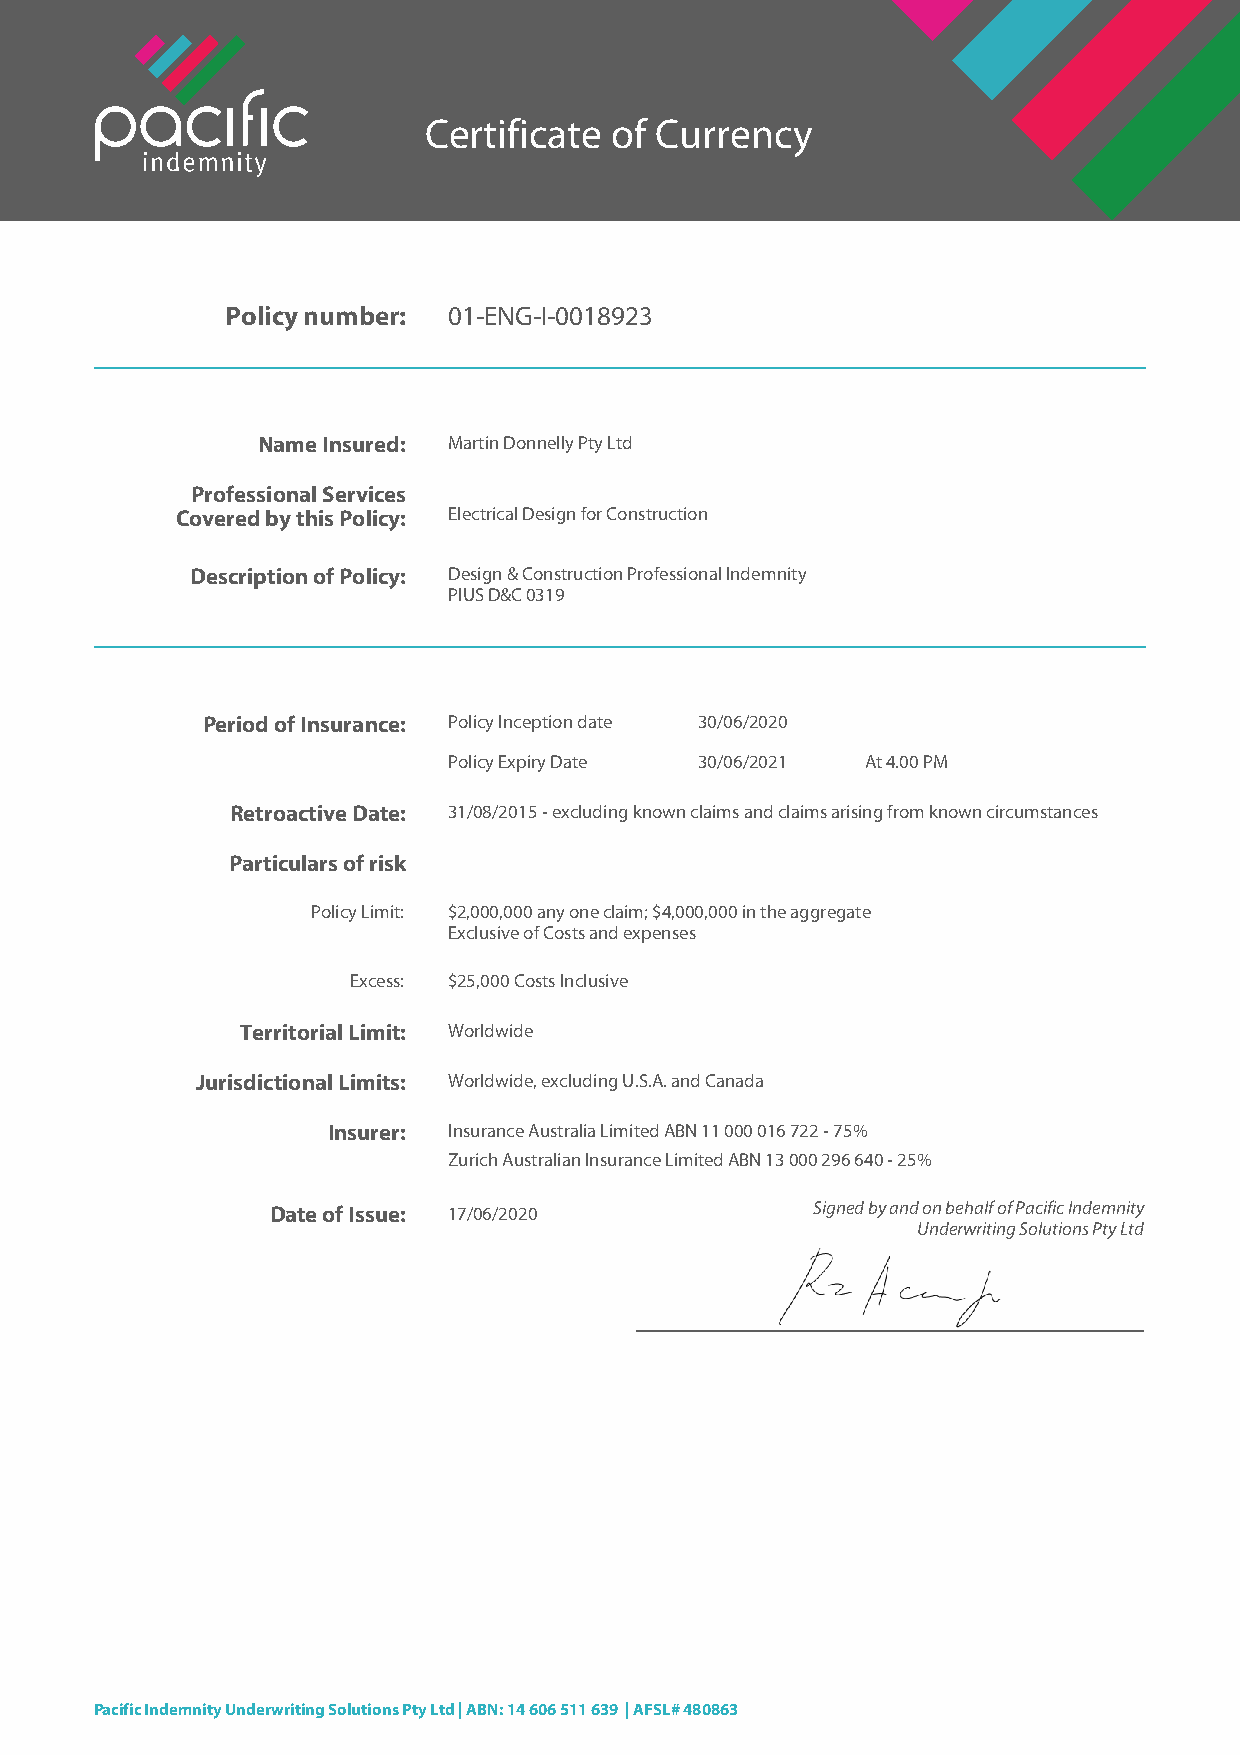
Certificate of Currency
 Policy number: 01-ENG-I-0018923
 Name Insured: Martin Donnelly Pty Ltd
 Professional Services
 Covered by this Policy: Electrical Design for Construction
 Description of Policy: Design & Construction Professional Indemnity
 PIUS D&C 0319
 Period of Insurance: Policy Inception date 30/06/2020
 Policy Expiry Date 30/06/2021 At 4.00 PM
 Retroactive Date: 31/08/2015 - excluding known claims and claims arising from known circumstances
 Particulars of risk
 Policy Limit: $2,000,000 any one claim; $4,000,000 in the aggregate
 Exclusive of Costs and expenses
 Excess: $25,000 Costs Inclusive
 Territorial Limit: Worldwide
 Jurisdictional Limits: Worldwide, excluding U.S.A. and Canada
 Insurer: Insurance Australia Limited ABN 11 000 016 722 - 75%
 Zurich Australian Insurance Limited ABN 13 000 296 640 - 25%
 Date of Issue: 17/06/2020           Signed by and on behalf of Pacific Indemnity
 Underwriting Solutions Pty Ltd
 Pacific Indemnity Underwriting Solutions Pty Ltd | ABN: 14 606 511 639 | AFSL# 480863